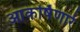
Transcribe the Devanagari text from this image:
आकर्षिणारे